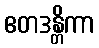
ဧတဒန္တိကာ